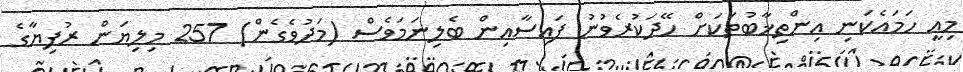
މިއީ ހަމައެކަނި އިންތިޚާބުތަކަށް ހޭދަކުރެވުނު ފައިސާއިން ބެލިނަމަވެސް (މަދުވެގެން) 257 މިލިޔަން ރުފިޔާގެ